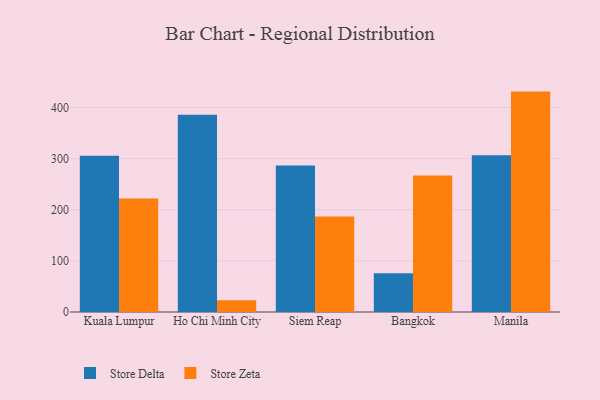
{"axis": {"x": "City", "y": "Temperature (°C)"}, "legend": ["Store Delta", "Store Zeta"], "data": [{"x": "Kuala Lumpur", "y": 305.6, "type": "Store Delta"}, {"x": "Kuala Lumpur", "y": 222.1, "type": "Store Zeta"}, {"x": "Ho Chi Minh City", "y": 386.1, "type": "Store Delta"}, {"x": "Ho Chi Minh City", "y": 23.2, "type": "Store Zeta"}, {"x": "Siem Reap", "y": 286.6, "type": "Store Delta"}, {"x": "Siem Reap", "y": 186.6, "type": "Store Zeta"}, {"x": "Bangkok", "y": 75.9, "type": "Store Delta"}, {"x": "Bangkok", "y": 266.9, "type": "Store Zeta"}, {"x": "Manila", "y": 306.5, "type": "Store Delta"}, {"x": "Manila", "y": 431.2, "type": "Store Zeta"}]}